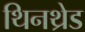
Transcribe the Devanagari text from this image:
थिनथ्रेड